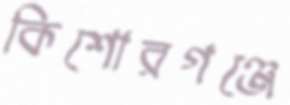
কিশোরগঞ্জে